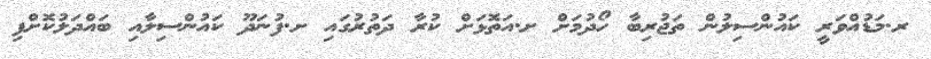
ރ.މަޑުއްވަރީ ކައުންސިލުން ތަޖުރިބާ ހޯދުމަށް ށ.އަތޮޅަށް ކުރާ ދަތުރުގައި ށ.ފުނަދޫ ކައުންސިލާއި ބައްދަލުކޮށްފި